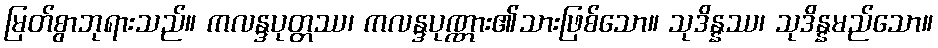
မြတ်စွာဘုရားသည်။ ကလန္ဒပုတ္တဿ၊ ကလန္ဒပုဏ္ဏား၏သားဖြစ်သော။ သုဒိန္နဿ၊ သုဒိန္နမည်သော။